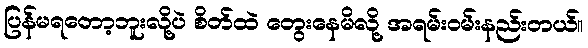
ပြန်မရတော့ဘူးလို့ပဲ စိတ်ထဲ တွေးနေမိလို့ အရမ်းဝမ်းနည်းတယ်။